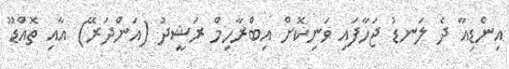
އިންޑިއާ ދެ ލަނޑު ޖަހާފައި ވަނިކޮށް އިބްރާހިމް ރަޝީދު (އަންދަރޭ) އާއި ތޮއްޑޫ